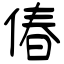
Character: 偆